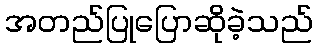
အတည်ပြုပြောဆိုခဲ့သည်